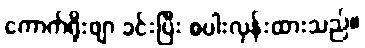
ကောက်ရိုးဖျာ ခင်းပြီး စပါးလှန်းထားသည်။